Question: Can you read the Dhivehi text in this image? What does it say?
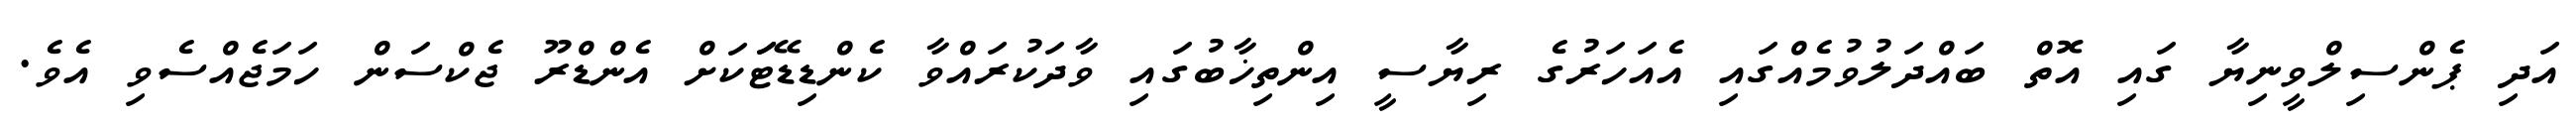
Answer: އަދި ޕެންސިލްވީނިޔާ ގައި އޮތް ބައްދަލުވުމެއްގައި އެއަހަރުގެ ރިޔާސީ އިންތިޚާބުގައި ވާދަކުރައްވާ ކެންޑިޑޭޓަަކަށް އެންޑްރޫ ޖެކްސަން ހަމަޖެއްސެވި އެވެ.